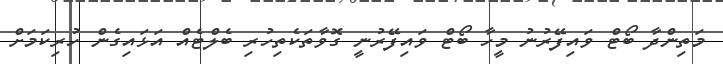
މަތިންދާ ބޯޓް ވައިފޭރުނު މީހާ ބޯޓް ވައިފޭރުނީ ގޮވާތަކެތިހުރި ބެލްޓެއް އަޅައިގެން ހުރިކަމަށް